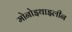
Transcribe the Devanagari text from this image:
मोनोइथाइलीन